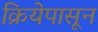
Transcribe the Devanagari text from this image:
क्रियेपासून